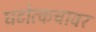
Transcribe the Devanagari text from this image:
घटोत्कचावर